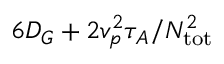
6 D _ { G } + 2 v _ { p } ^ { 2 } \tau _ { A } / N _ { \mathrm { t o t } } ^ { 2 }